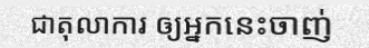
ជាតុលាការ ឲ្យអ្នកនេះចាញ់